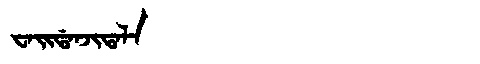
Manchu: ᠸᠠᡳᡩᠠᠨᠵᡳᡨᠠᠯᠠ
Romanization: WAIDANJITALA